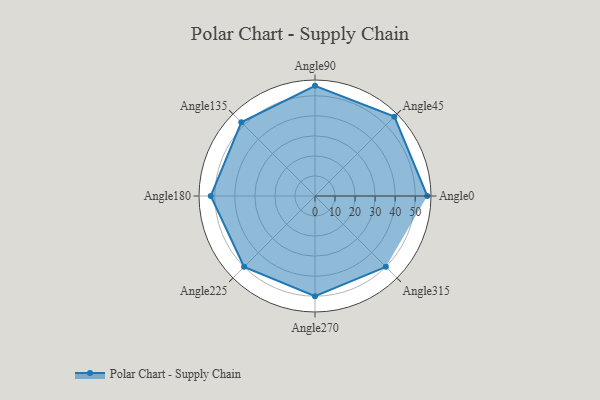
{"axis": {"x": "Angle", "y": "Radius"}, "legend": [""], "data": [{"x": "Angle0", "y": 56.0, "type": ""}, {"x": "Angle45", "y": 56.0, "type": ""}, {"x": "Angle90", "y": 55.0, "type": ""}, {"x": "Angle135", "y": 52.0, "type": ""}, {"x": "Angle180", "y": 52.0, "type": ""}, {"x": "Angle225", "y": 50, "type": ""}, {"x": "Angle270", "y": 50, "type": ""}, {"x": "Angle315", "y": 50, "type": ""}]}